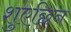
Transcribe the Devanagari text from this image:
शुएछिन